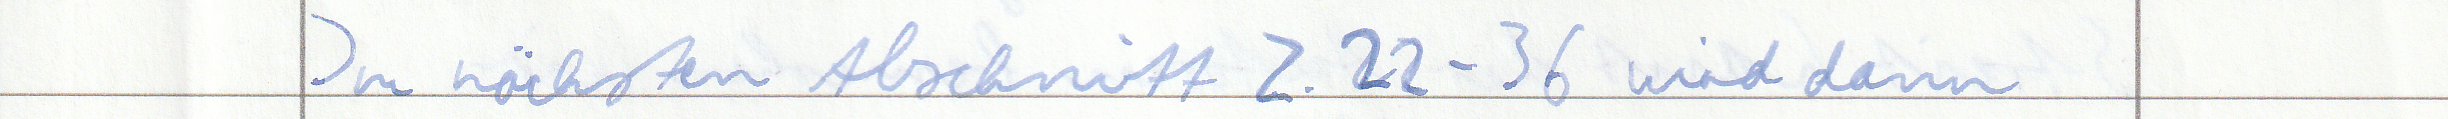
Im nächsten Abschnitt Z.22 - 36 wird dann